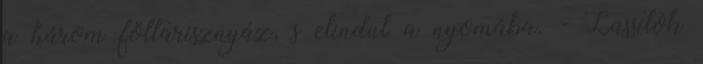
a három föltarisznyáz, s elindul a nyomába. - Lassítok